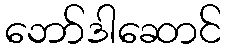
ဘော်ဒါဆောင်